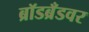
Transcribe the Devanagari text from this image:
ब्रॉडब्रँडवर